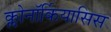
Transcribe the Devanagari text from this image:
क्लोनॉर्कियासिस